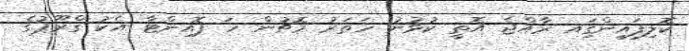
ކޮލިފައިންގަިއ ރާއްޖެ އޮތީ ކުޅުނު ހަތަރު މެޗުން ހަ ޕޮއިންޓާ އެކު ގްރޫޕުގެ